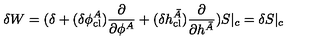
\delta W = ( \delta + ( \delta \phi _ { \mathrm { c l } } ^ { A } ) \frac { \partial } { \partial \phi ^ { A } } + ( \delta h _ { \mathrm { c l } } ^ { \bar { A } } ) \frac { \partial } { \partial h ^ { \bar { A } } } ) S | _ { c } = \delta S | _ { c }